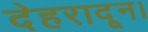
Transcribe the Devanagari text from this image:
देहरादून।